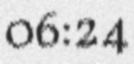
06:24